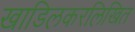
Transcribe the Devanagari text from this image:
खाडिलकरलिखित